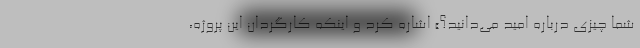
شما چیزی درباره امید می‌دانید؟» اشاره کرد و اینکه کارگردان این پروژه،